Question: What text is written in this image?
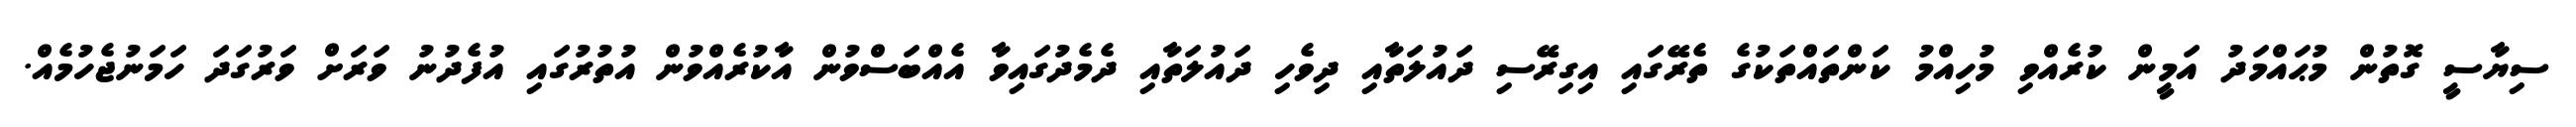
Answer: ސިޔާސީ ގޮތުން މުޙައްމަދު އަމީން ކުރެއްވި މުހިއްމު ކަންތައްތަކުގެ ތެރޭގައި އިގިރޭސި ދައުލަތާއި ދިވެހި ދައުލަތާއި ދެމެދުގައިވާ އެއްބަސްވުން އާކުރެއްވުން އުތުރުގައި އުފެދުނު ވަރަށް ވަރުގަދަ ހަމަނުޖެހުމެއް.